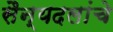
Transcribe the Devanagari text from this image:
सैन्यदलांचे